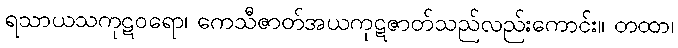
ရသာယသကုဋဝရော၊ ကေသီဇာတ်အယကုဋဇာတ်သည်လည်းကောင်း။ တထာ၊